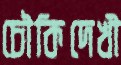
চৌকিদেখী